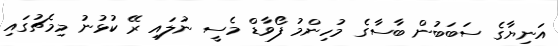
އަނިޔާގެ ސަބަބުން ބާސާގެ މުހިންމު ފޯވާޑް މެސީ ނުލައި ރޭ ކުޅުނު މިމެޗުގައި